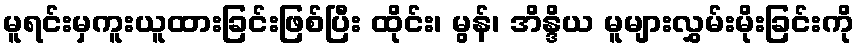
မူရင်းမှကူးယူထားခြင်းဖြစ်ပြီး ထိုင်း၊ မွန်၊ အိန္ဒိယ မူများလွှမ်းမိုးခြင်းကို